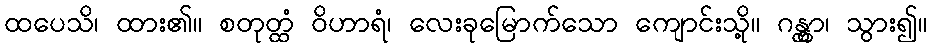
ထပေသိ၊ ထား၏။ စတုတ္ထံ ဝိဟာရံ၊ လေးခုမြောက်သော ကျောင်းသို့။ ဂန္တွာ၊ သွား၍။